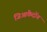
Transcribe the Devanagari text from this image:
जिआंकेदोंग